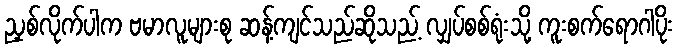
ညှစ်လိုက်ပါက ဗမာလူများစု ဆန့်ကျင်သည်ဆိုသည့် လျှပ်စစ်ရုံးသို့ ကူးစက်ရောဂါပိုး